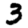
Digit: 3